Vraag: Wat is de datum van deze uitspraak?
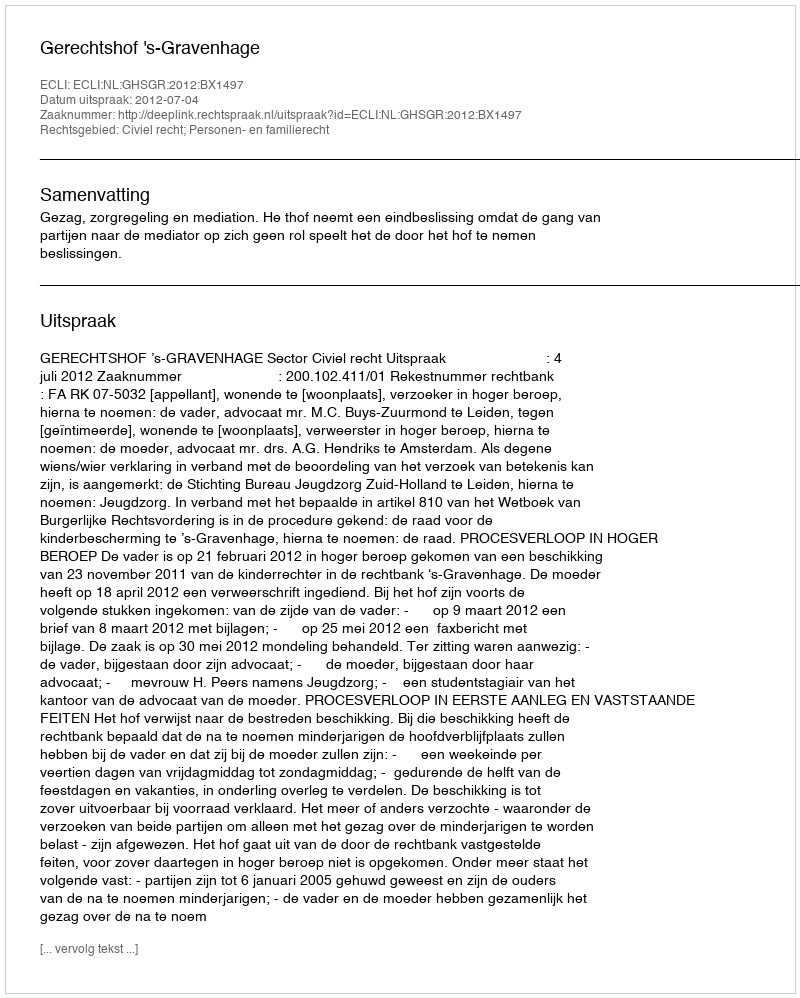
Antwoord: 2012-07-04